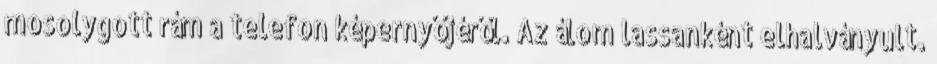
mosolygott rám a telefon képernyőjéről. Az álom lassanként elhalványult.